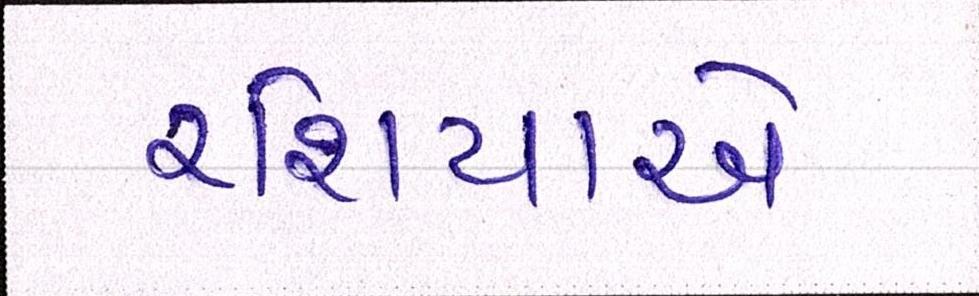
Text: રશિયાએ